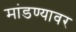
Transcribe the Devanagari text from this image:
मांडण्यावर